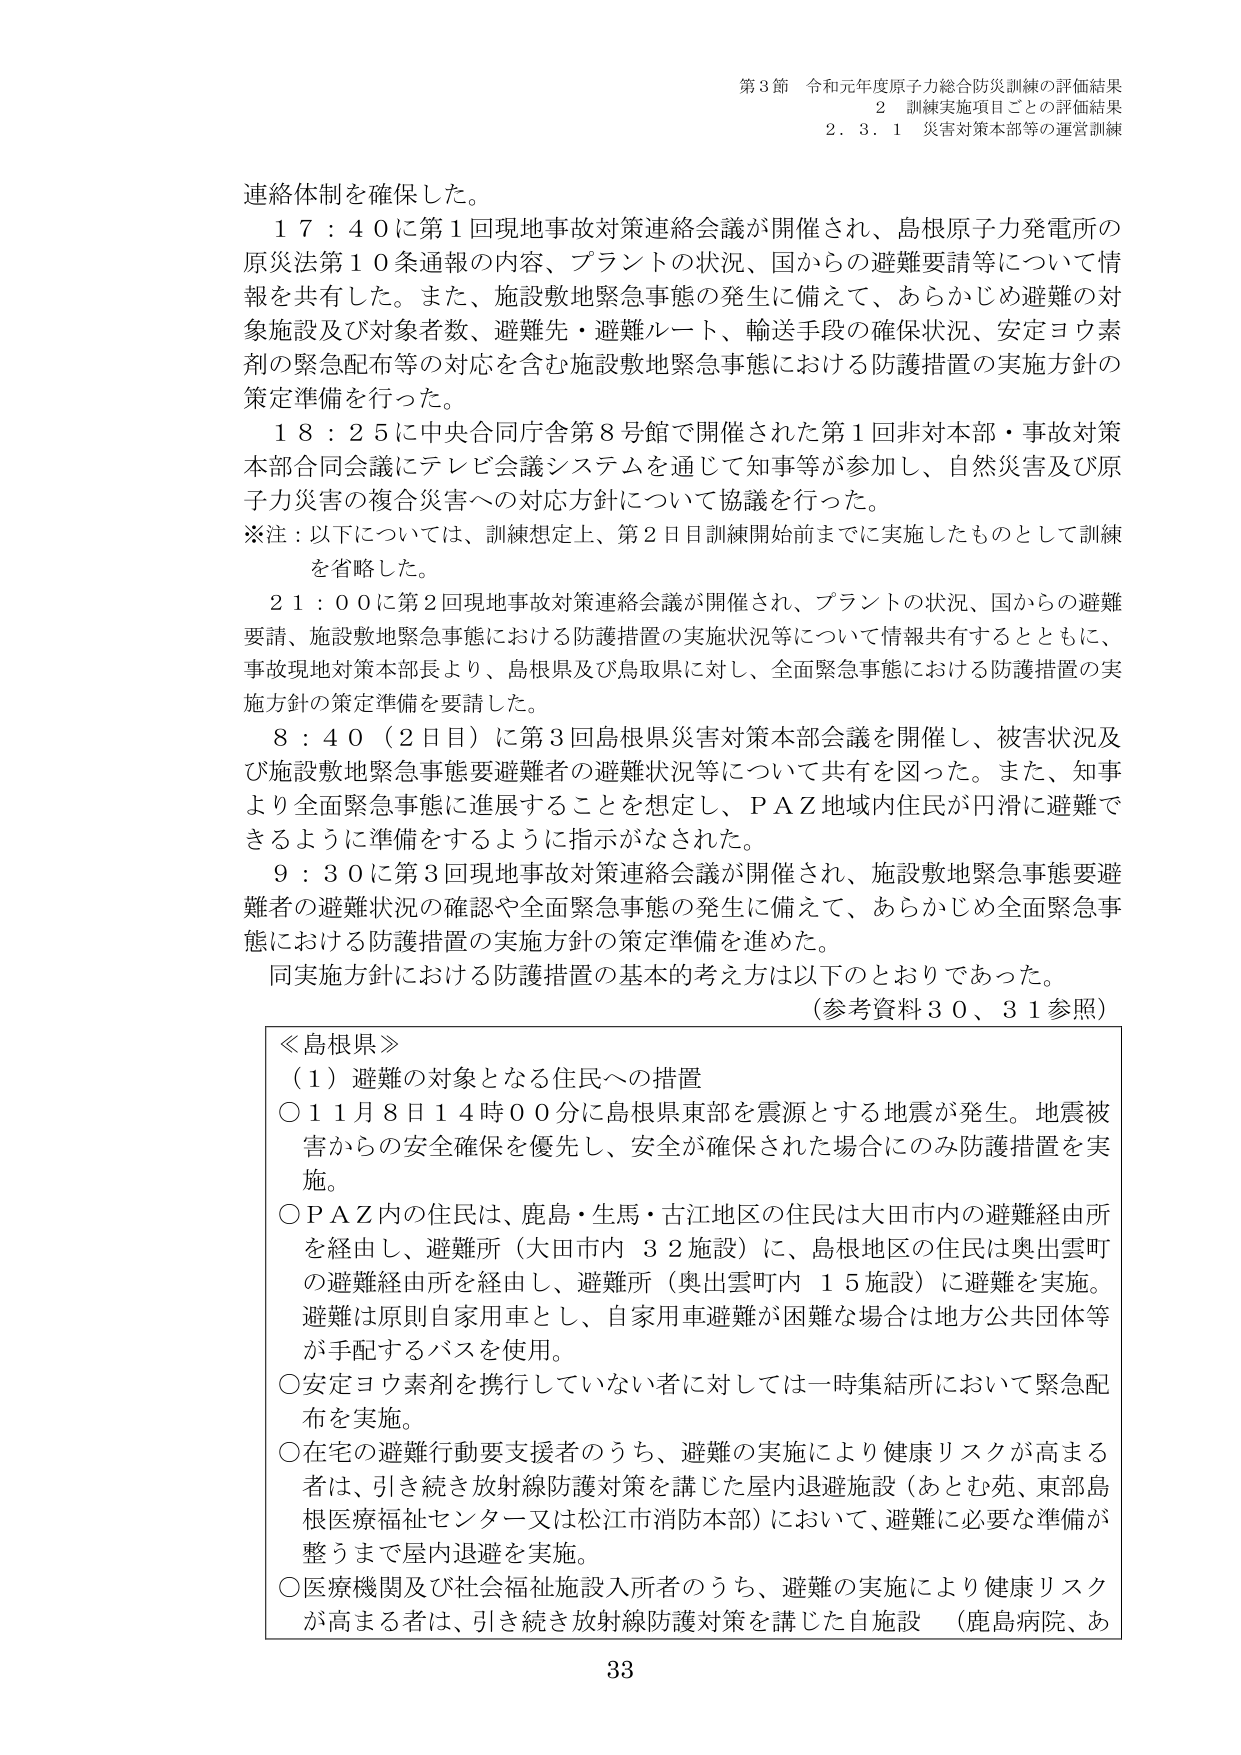
第3節 令和元年度原子力総合防災訓練の評価結果
2 訓練実施項目ごとの評価結果
2.3.1 災害対策本部等の運営訓練

連絡体制を確保した。
17：40に第1回現地事故対策連絡会議が開催され、島根原子力発電所の原災法第10条通報の内容、プラントの状況、国からの避難要請等について情報を共有した。また、施設敷地緊急事態の発生に備えて、あらかじめ避難の対象施設及び対象者数、避難先・避難ルート、輸送手段の確保状況、安定ヨウ素剤の緊急配布等の対応を含む施設敷地緊急事態における防護措置の実施方針の策定準備を行った。
18：25に中央合同庁舎第8号館で開催された第1回非対本部・事故対策本部合同会議にテレビ会議システムを通じて知事等が参加し、自然災害及び原子力災害の複合災害への対応方針について協議を行った。
※注：以下については、訓練想定上、第2日目訓練開始前までに実施したものとして訓練を省略した。
21：00に第2回現地事故対策連絡会議が開催され、プラントの状況、国からの避難要請、施設敷地緊急事態における防護措置の実施状況等について情報共有するとともに、事故現地対策本部長より、島根県及び鳥取県に対し、全面緊急事態における防護措置の実施方針の策定準備を要請した。
8：40（2日目）に第3回島根県災害対策本部会議を開催し、被害状況及び施設敷地緊急事態要避難者の避難状況等について共有を図った。また、知事より全面緊急事態に進展することを想定し、PAZ地域内住民が円滑に避難できるように準備をするように指示がなされた。
9：30に第3回現地事故対策連絡会議が開催され、施設敷地緊急事態要避難者の避難状況の確認と全面緊急事態の発生に備えて、あらかじめ全面緊急事態における防護措置の実施方針の策定準備を進めた。
同実施方針における防護措置の基本的考え方は以下のとおりであった。
（参考資料30、31参照）

≪島根県≫
（1）避難の対象となる住民への措置
○11月8日14時00分に島根県東部を震源とする地震が発生。地震被害からの安全確保を優先し、安全が確保された場合にのみ防護措置を実施。
○PAZ内の住民は、鹿島・生馬・古江地区の住民は大田市内の避難経由所を経由し、避難所（大田市内 32施設）に、島根地区の住民は奥出雲町の避難経由所を経由し、避難所（奥出雲町内 15施設）に避難を実施。避難は原則自家用車とし、自家用車避難が困難な場合は地方公共団体等が手配するバスを使用。
○安定ヨウ素剤を携行していない者に対しては一時集結所において緊急配布を実施。
○在宅の避難行動要支援者のうち、避難の実施により健康リスクが高まる者は、引き続き放射線防護対策を講じた屋内退避施設（あとむ苑、東部島根医療福祉センター又は松江市消防本部）において、避難に必要な準備が整うまで屋内退避を実施。
○医療機関及び社会福祉施設入所者のうち、避難の実施により健康リスクが高まる者は、引き続き放射線防護対策を講じた自施設（鹿島病院、あ

33